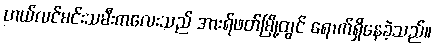
ဟယ်လင်မင်းသမီးကလေးသည် အားရ်ဖတ်မြို့တွင် ရောက်ရှိနေခဲ့သည်။